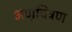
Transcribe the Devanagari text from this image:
अणुचित्रण